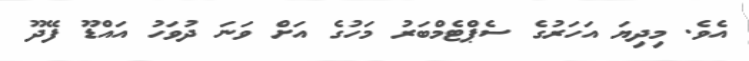
އެވެ. މިދިޔަ އަހަރުގެ ސެޕްޓެމްބަރު މަހުގެ އަށް ވަނަ ދުވަހު އައްޑޫ ފޭދޫ